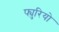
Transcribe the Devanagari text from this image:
फ्युरियो